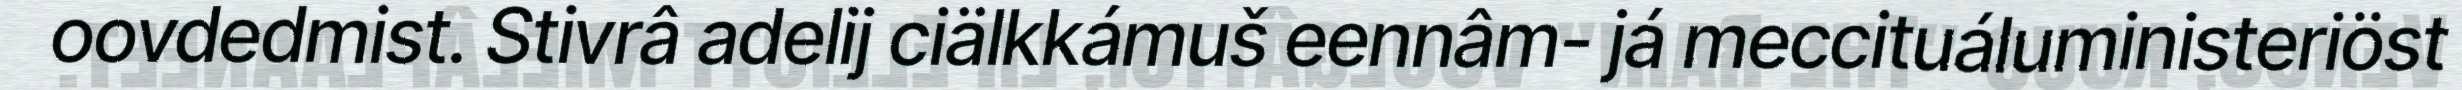
oovdedmist. Stivrâ adelij ciälkkámuš eennâm- já meccituáluministeriöst